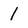
Character: 1